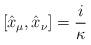
LaTeX: \begin{align*}[\hat{x}_{\mu}, \hat{x}_{\nu}]=\frac{i}{\kappa}\end{align*}